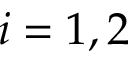
i = 1 , 2